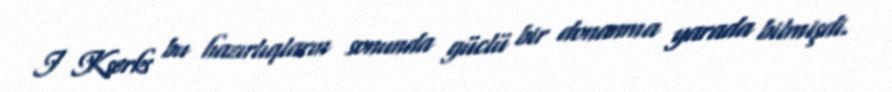
I Kserks bu hazırlıqların sonunda güclü bir donanma yarada bilmişdi.